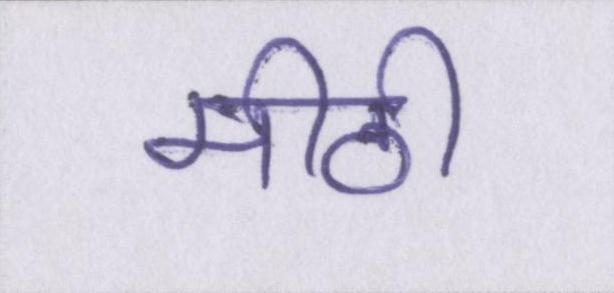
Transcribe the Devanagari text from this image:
मीठी